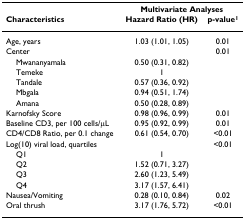
<table><thead><tr><td></td><td colspan="2"><b>Multivariate Analyses</b></td></tr><tr><td><b>Characteristics</b></td><td><b>Hazard Ratio (HR)</b></td><td><b>p-value<sup>1</sup></b></td></tr></thead><tbody><tr><td>Age, years</td><td>1.03 (1.01, 1.05)</td><td>0.01</td></tr><tr><td>Center</td><td></td><td>0.01</td></tr><tr><td> Mwananyamala</td><td>0.50 (0.31, 0.82)</td><td></td></tr><tr><td> Temeke</td><td>1</td><td></td></tr><tr><td> Tandale</td><td>0.57 (0.36, 0.92)</td><td></td></tr><tr><td> Mbgala</td><td>0.94 (0.51, 1.74)</td><td></td></tr><tr><td> Amana</td><td>0.50 (0.28, 0.89)</td><td></td></tr><tr><td>Karnofsky Score</td><td>0.98 (0.96, 0.99)</td><td>0.01</td></tr><tr><td>Baseline CD3, per 100 cells/μL</td><td>0.95 (0.92, 0.99)</td><td>0.01</td></tr><tr><td>CD4/CD8 Ratio, per 0.1 change</td><td>0.61 (0.54, 0.70)</td><td>&lt;0.01</td></tr><tr><td>Log(10) viral load, quartiles</td><td></td><td>&lt;0.01</td></tr><tr><td> Q1</td><td>1</td><td></td></tr><tr><td> Q2</td><td>1.52 (0.71, 3.27)</td><td></td></tr><tr><td> Q3</td><td>2.60 (1.23, 5.49)</td><td></td></tr><tr><td> Q4</td><td>3.17 (1.57, 6.41)</td><td></td></tr><tr><td>Nausea/Vomiting</td><td>0.28 (0.10, 0.84)</td><td>0.02</td></tr><tr><td>Oral thrush</td><td>3.17 (1.76, 5.72)</td><td>&lt;0.01</td></tr></tbody></table>